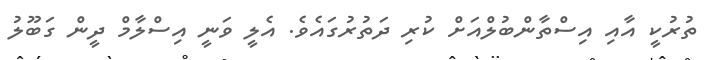
ތުރުކީ އާއި އިސްތާންބުލްއަށް ކުރި ދަތުރުގައެވެ. އެލީ ވަނީ އިސްލާމް ދީން ގަބޫލު